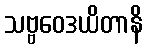
သဗ္ဗဝေဒယိတာနိ